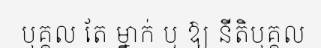
បុគ្គល តែ ម្នាក់ ឬ ឱ្យ នីតិបុគ្គល